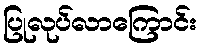
ပြုလုပ်လာကြောင်း